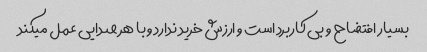
بسیار افتضاح و بی کاربرد است و ارزش خرید ندارد و با هر صدایی عمل میکند